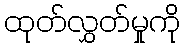
ထုတ်လွှတ်မှုကို